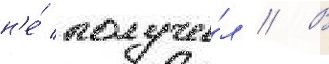
н'е́ получи́л // В